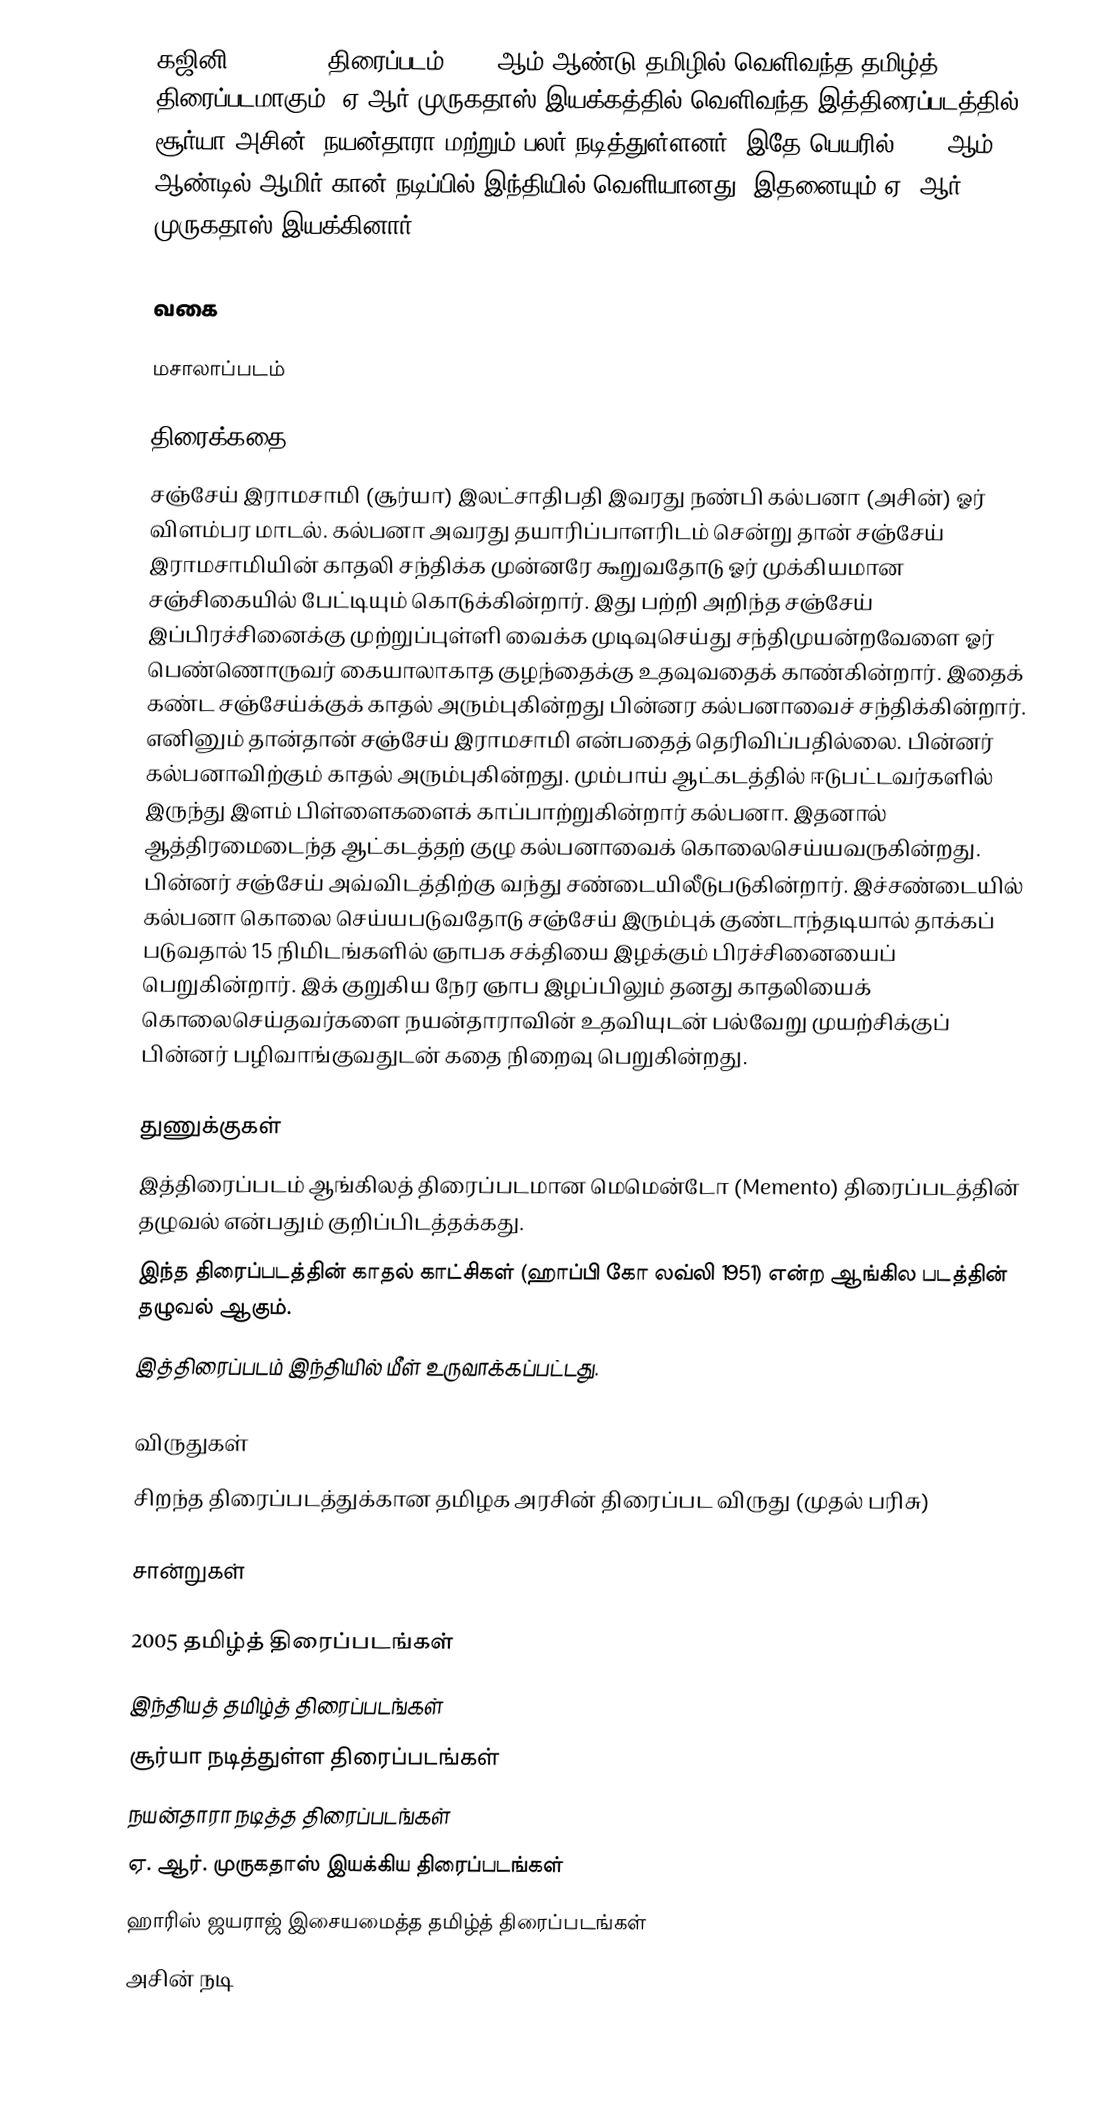
கஜினி (Ghajini) திரைப்படம் 2005 ஆம் ஆண்டு தமிழில் வெளிவந்த தமிழ்த் திரைப்படமாகும். ஏ.ஆர் முருகதாஸ் இயக்கத்தில் வெளிவந்த இத்திரைப்படத்தில் சூர்யா,அசின், நயன்தாரா மற்றும் பலர் நடித்துள்ளனர். இதே பெயரில் 2008 ஆம் ஆண்டில் ஆமிர் கான் நடிப்பில் இந்தியில் வெளியானது. இதனையும் ஏ. ஆர். முருகதாஸ் இயக்கினார்.

வகை

மசாலாப்படம்

திரைக்கதை
சஞ்சேய் இராமசாமி (சூர்யா) இலட்சாதிபதி இவரது நண்பி கல்பனா (அசின்) ஓர் விளம்பர மாடல். கல்பனா அவரது தயாரிப்பாளரிடம் சென்று தான் சஞ்சேய் இராமசாமியின் காதலி சந்திக்க முன்னரே கூறுவதோடு ஓர் முக்கியமான சஞ்சிகையில் பேட்டியும் கொடுக்கின்றார். இது பற்றி அறிந்த சஞ்சேய் இப்பிரச்சினைக்கு முற்றுப்புள்ளி வைக்க முடிவுசெய்து சந்திமுயன்றவேளை ஓர் பெண்ணொருவர் கையாலாகாத குழந்தைக்கு உதவுவதைக் காண்கின்றார். இதைக் கண்ட சஞ்சேய்க்குக் காதல் அரும்புகின்றது பின்னர கல்பனாவைச் சந்திக்கின்றார். எனினும் தான்தான் சஞ்சேய் இராமசாமி என்பதைத் தெரிவிப்பதில்லை. பின்னர் கல்பனாவிற்கும் காதல் அரும்புகின்றது. மும்பாய் ஆட்கடத்தில் ஈடுபட்டவர்களில் இருந்து இளம் பிள்ளைகளைக் காப்பாற்றுகின்றார் கல்பனா. இதனால் ஆத்திரமைடைந்த ஆட்கடத்தற் குழு கல்பனாவைக் கொலைசெய்யவருகின்றது. பின்னர் சஞ்சேய் அவ்விடத்திற்கு வந்து சண்டையிலீடுபடுகின்றார். இச்சண்டையில் கல்பனா கொலை செய்யபடுவதோடு சஞ்சேய் இரும்புக் குண்டாந்தடியால் தாக்கப் படுவதால் 15 நிமிடங்களில் ஞாபக சக்தியை இழக்கும் பிரச்சினையைப் பெறுகின்றார். இக் குறுகிய நேர ஞாப இழப்பிலும் தனது காதலியைக் கொலைசெய்தவர்களை நயன்தாராவின் உதவியுடன் பல்வேறு முயற்சிக்குப் பின்னர் பழிவாங்குவதுடன் கதை நிறைவு பெறுகின்றது.

துணுக்குகள்
இத்திரைப்படம் ஆங்கிலத் திரைப்படமான மெமென்டோ (Memento) திரைப்படத்தின் தழுவல் என்பதும் குறிப்பிடத்தக்கது.
இந்த திரைப்படத்தின் காதல் காட்சிகள் (ஹாப்பி கோ லவ்லி 1951) என்ற ஆங்கில படத்தின் தழுவல் ஆகும்.
இத்திரைப்படம் இந்தியில் மீள் உருவாக்கப்பட்டது.

விருதுகள்
 சிறந்த திரைப்படத்துக்கான தமிழக அரசின் திரைப்பட விருது (முதல் பரிசு)

சான்றுகள்

2005 தமிழ்த் திரைப்படங்கள்
இந்தியத் தமிழ்த் திரைப்படங்கள்
சூர்யா நடித்துள்ள திரைப்படங்கள்
நயன்தாரா நடித்த திரைப்படங்கள்
ஏ. ஆர். முருகதாஸ் இயக்கிய திரைப்படங்கள்
ஹாரிஸ் ஜயராஜ் இசையமைத்த தமிழ்த் திரைப்படங்கள்
அசின் நடி